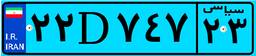
۲۶D۱۵۹۷۰